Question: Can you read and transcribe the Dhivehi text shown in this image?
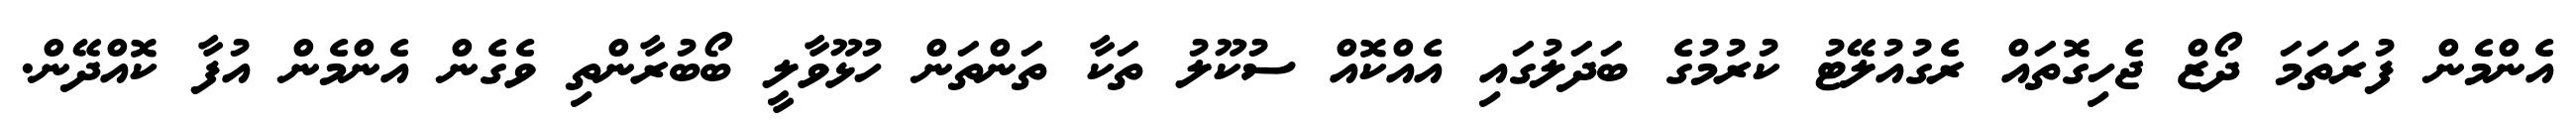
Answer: އެންމެން ފުރަތަމަ ދޯޒް ޖެހިގޮތައް ރެގުއުލޭޓު ކުރުމުގެ ބަދަލުގައި އެއްކޮއް ސުކޫލު ތަކާ ތަންތަން ހުޅޫވާލީ ބޯބުރާންތި ވެގެން އެންމެން އުފާ ކޮއްދޭން.